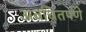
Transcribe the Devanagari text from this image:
अवचितपणे